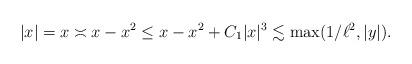
LaTeX: \begin{align*}|x| = x \asymp x - x^2 \leq x - x^2 + C_1|x|^3 \lesssim \max(1/\ell^2,|y|).\end{align*}